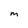
Character: M